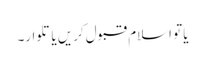
یا تو اسلام قبول کریں یا تلوار۔